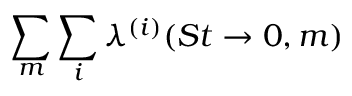
\sum _ { m } \sum _ { i } \lambda ^ { ( i ) } ( S t \rightarrow 0 , m )